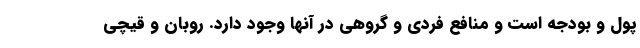
پول و بودجه است و منافع فردی و گروهی در آنها وجود دارد. روبان و قیچی